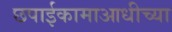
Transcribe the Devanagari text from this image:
छपाईकामाआधीच्या